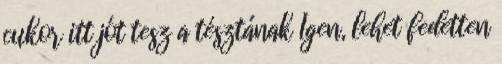
cukor itt jót tesz a tésztának Igen, lehet fedetten